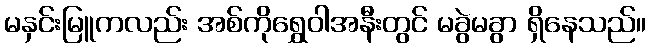
မနှင်းမြူကလည်း အစ်ကိုရွှေဝါအနီးတွင် မခွဲမခွာ ရှိနေသည်။